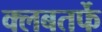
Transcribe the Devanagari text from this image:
क्लबतर्फे